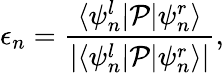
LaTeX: \epsilon_{n}=\frac{\langle\psi_{n}^{l}|\mathcal{P}|\psi_{n}^{r}\rangle}{|\langle\psi_{n}^{l}|\mathcal{P}|\psi_{n}^{r}\rangle|},